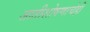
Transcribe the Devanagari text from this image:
जातीशोषणाचेही